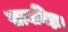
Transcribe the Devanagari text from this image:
सत्यनिष्ठा।